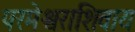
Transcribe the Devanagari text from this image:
परमेश्वराशिवाय